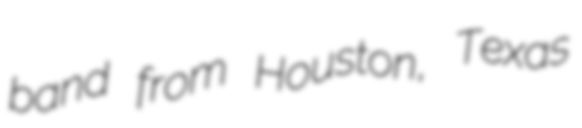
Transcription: band from Houston, Texas